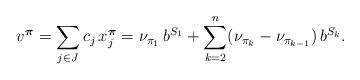
LaTeX: \begin{align*}v^{\boldsymbol{\pi}} = \sum_{j \in J} c_j \, x^{\boldsymbol{\pi}}_j = \nu_{\pi_1} \, b^{S_1} + \sum_{k=2}^{n} (\nu_{\pi_k} -\nu_{\pi_{k-1}}) \, b^{S_k}. \end{align*}